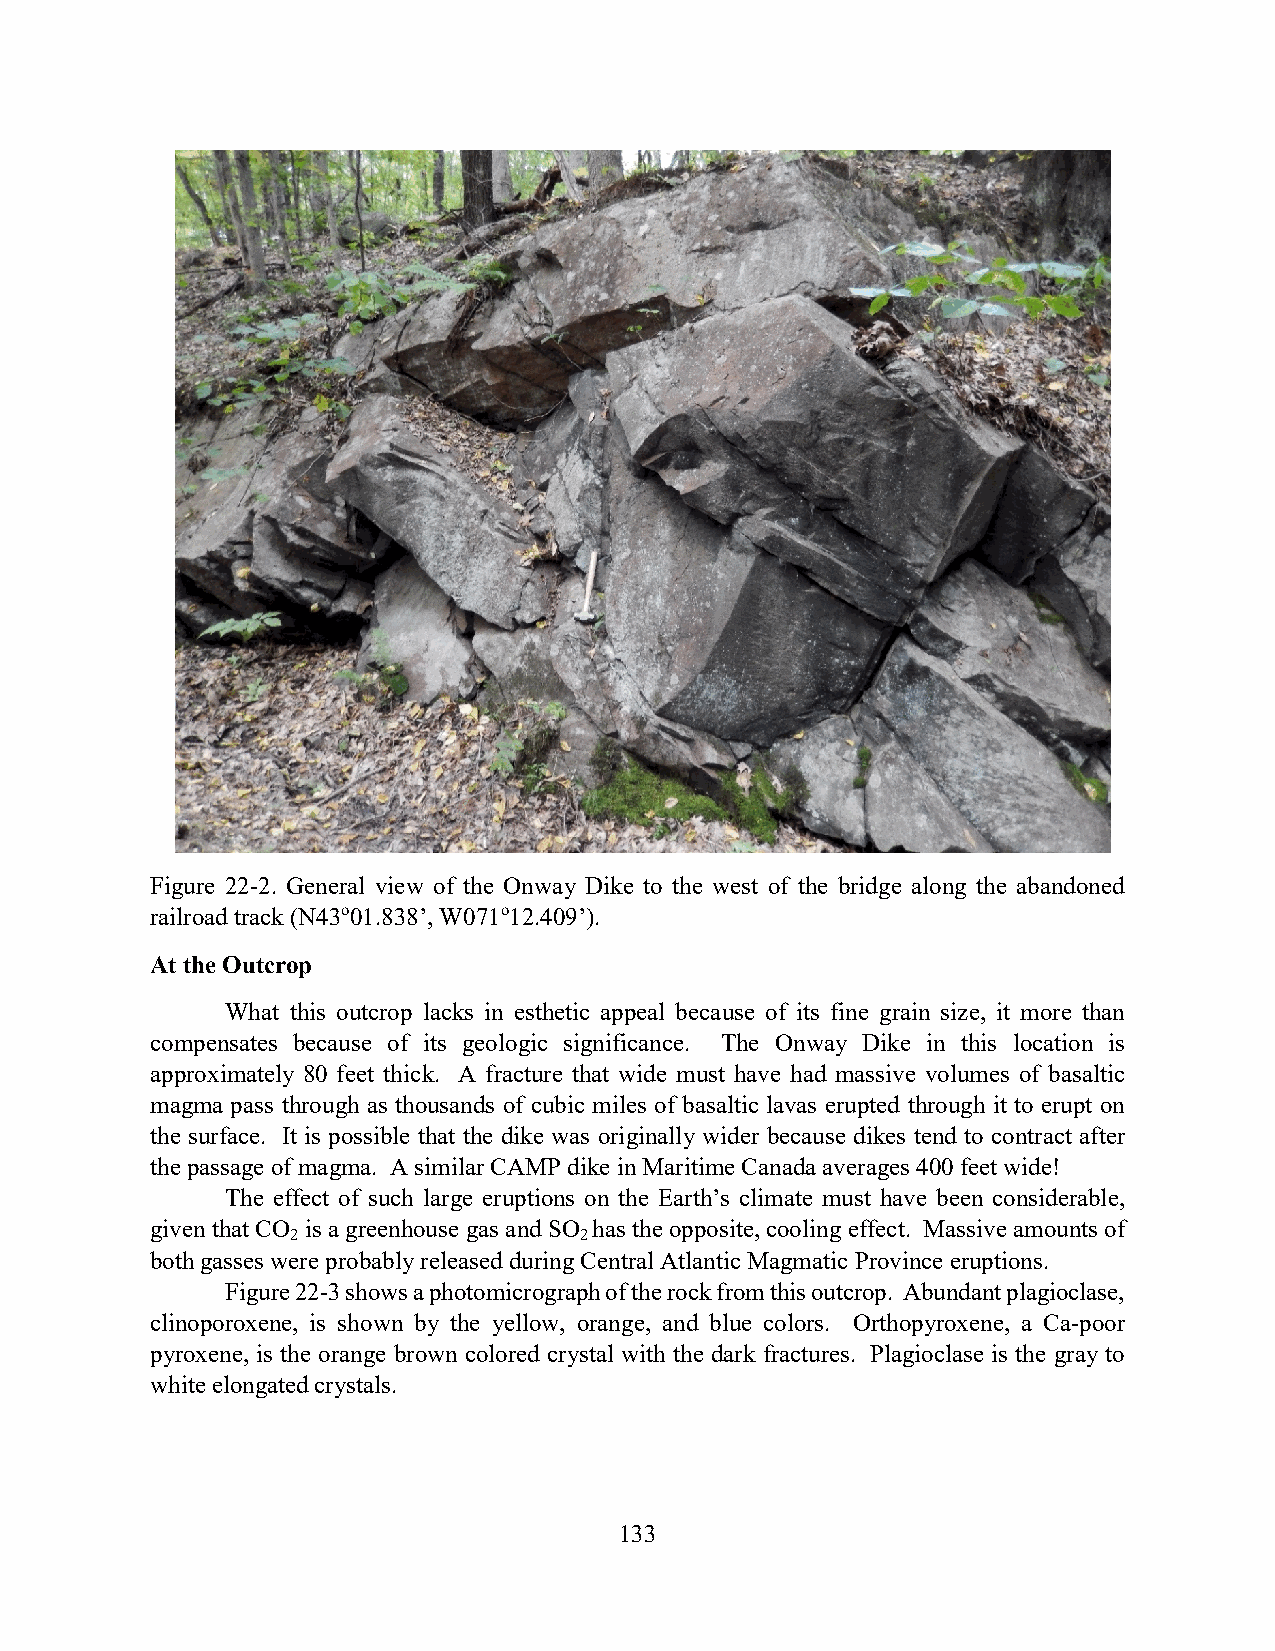
Figure 22-2. General view of the Onway Dike to the west of the bridge along the abandoned
 railroad track (N43o01.838’, W071o12.409’).
 At the Outcrop
 What this outcrop lacks in esthetic appeal because of its fine grain size, it more than
 compensates because of its geologic significance. The Onway Dike in this location is
 approximately 80 feet thick. A fracture that wide must have had massive volumes of basaltic
 magma pass through as thousands of cubic miles of basaltic lavas erupted through it to erupt on
 the surface. It is possible that the dike was originally wider because dikes tend to contract after
 the passage of magma. A similar CAMP dike in Maritime Canada averages 400 feet wide!
 The effect of such large eruptions on the Earth’s climate must have been considerable,
 given that CO is a greenhouse gas and SO has the opposite, cooling effect. Massive amounts of
 2                  2
 both gasses were probably released during Central Atlantic Magmatic Province eruptions.
 Figure 22-3 shows a photomicrograph of the rock from this outcrop. Abundant plagioclase,
 clinoporoxene, is shown by the yellow, orange, and blue colors. Orthopyroxene, a Ca-poor
 pyroxene, is the orange brown colored crystal with the dark fractures. Plagioclase is the gray to
 white elongated crystals.
 133